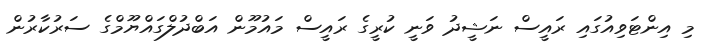
މި އިންޓަވިއުގައި ރައީސް ނަޝީދު ވަނީ ކުރީގެ ރައީސް މައުމޫން އަބްދުލްގައްޔޫމްގެ ސަރުކާރުން